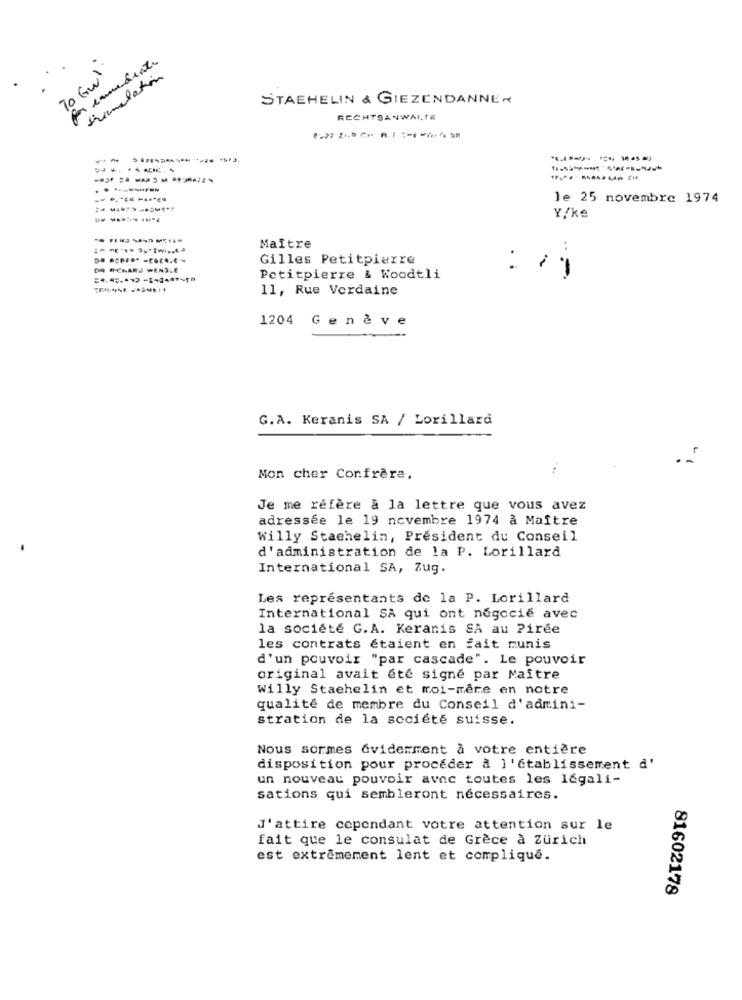
for conedente
70 Gul
translation
STAEHELIN & GIEZENDANNER
RECHTSANWALTK
le 25 novembre 1974
Y/ke
Maître
Gilles Petitpierre
DR RICHARD WENSLE
Petitpierre & Woodtli
11, Rue Verdaine
1204 Genève
G.A. Keranis SA / Lorillard
Mon cher Confrère,
Je me réfère a la lettre que vous avez
adressée le 19 novembre 1974 à Maître
Willy Stachelin, President du Conseil
d'administration de la P. Lorillard
International SA, Zug.
Les représentants de la P. Lorillard
International SA qui ont négocié avec
la société G.A. Keranis SA au Piree
les contrats étaient en fait munis
d'un pouvoir "par cascade". Le pouvoir
original avait été signé par Maître
Willy Stachelin et moi-même en notre
qualité de membre du Conseil d'admini-
stration de la société suisse.
Nous sormes évidemment à votre entière
disposition pour proceder a l'établissement d'
un nouveau pouvoir avec toutes les legali-
sations qui sembleront nécessaires.
J'attire cependant votre attention sur le
fait que le consulat de Grèce à Zürich
est extrêmement lent et compliqué.
81602178